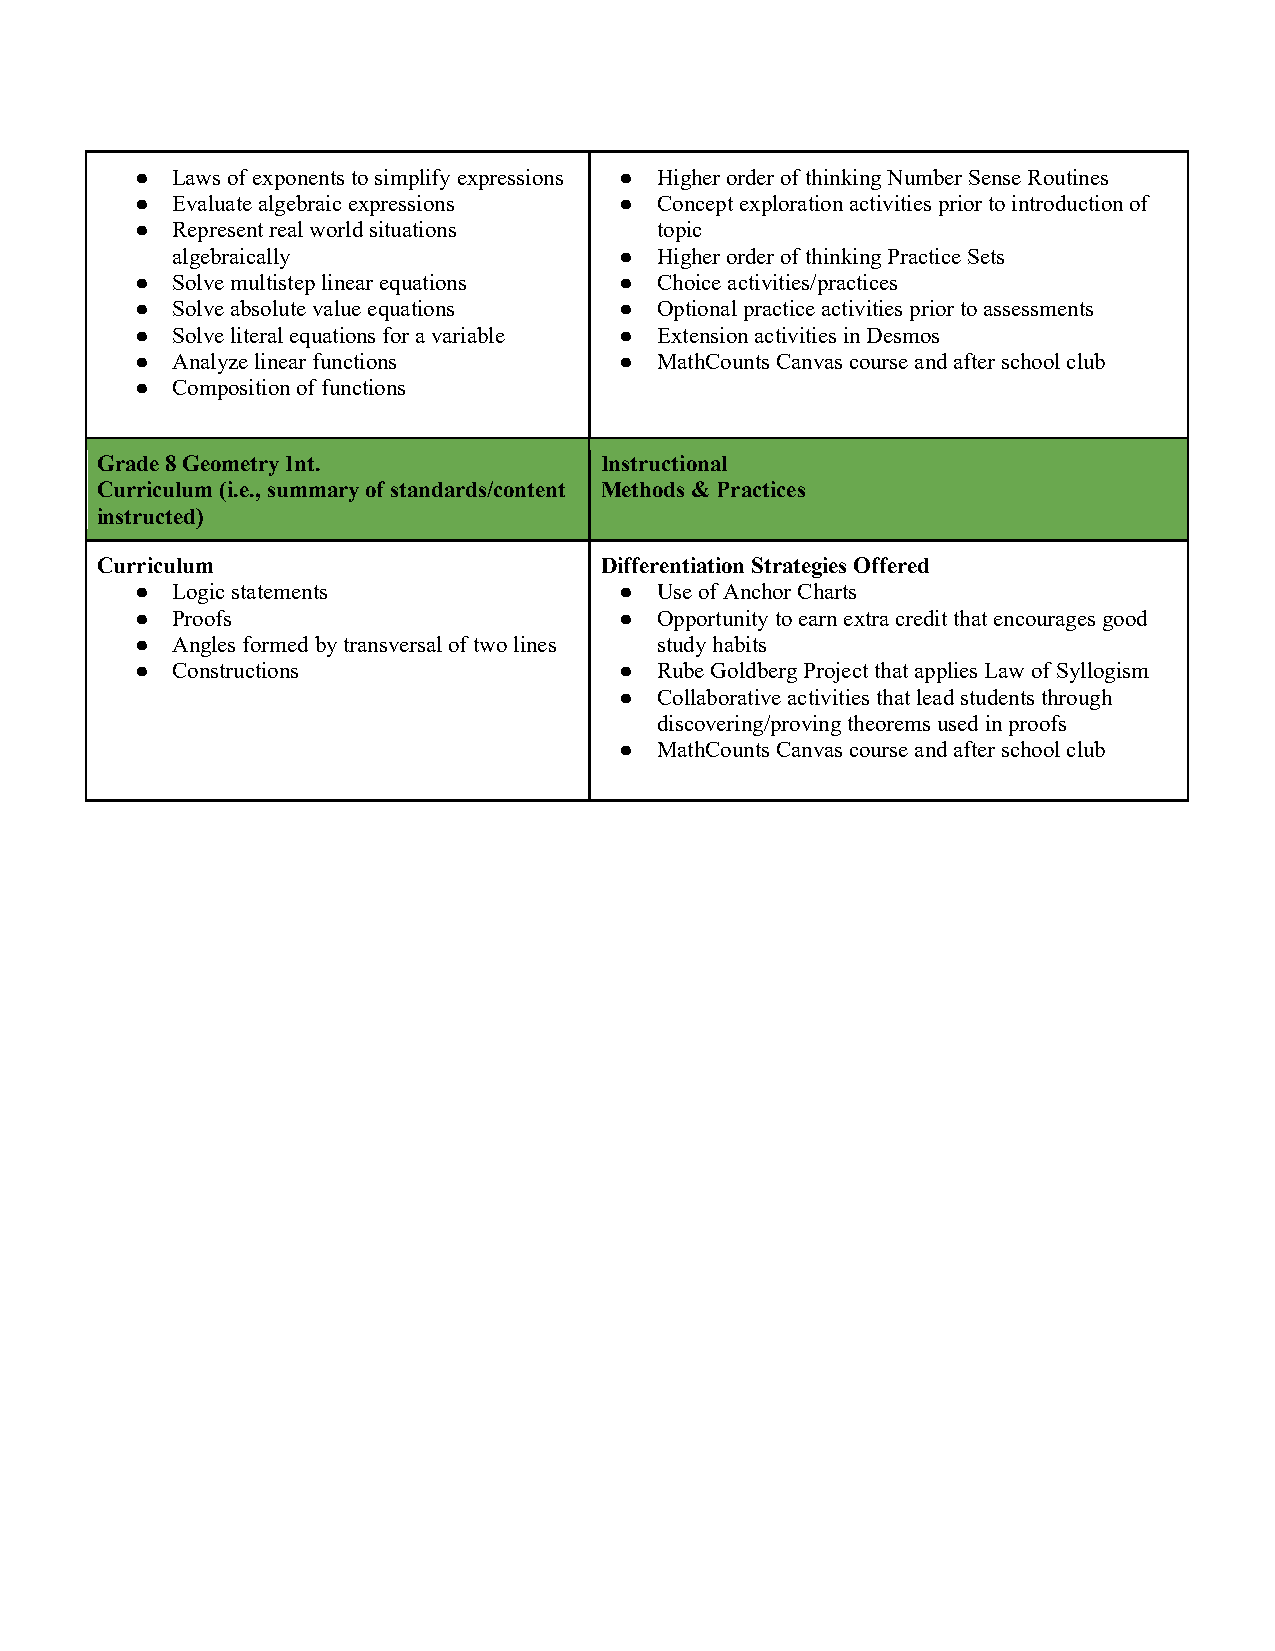
● Laws of exponents to simplify expressions ● Higher order of thinking Number Sense Routines
 ● Evaluate algebraic expressions ● Concept exploration activities prior to introduction of
 ● Represent real world situations topic
 algebraically                 ● Higher order of thinking Practice Sets
 ● Solve multistep linear equations ● Choice activities/practices
 ● Solve absolute value equations ● Optional practice activities prior to assessments
 ● Solve literal equations for a variable ● Extension activities in Desmos
 ● Analyze linear functions      ● MathCounts Canvas course and after school club
 ● Composition of functions
 Grade 8 Geometry Int.             Instructional
 Curriculum (i.e., summary of standards/content Methods & Practices
 instructed)
 Curriculum                        Differentiation Strategies Offered
 ● Logic statements              ● Use of Anchor Charts
 ● Proofs                        ● Opportunity to earn extra credit that encourages good
 ● Angles formed by transversal of two lines study habits
 ● Constructions                 ● Rube Goldberg Project that applies Law of Syllogism
 ● Collaborative activities that lead students through
 discovering/proving theorems used in proofs
 ● MathCounts Canvas course and after school club